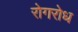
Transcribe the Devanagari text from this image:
रोगरोध